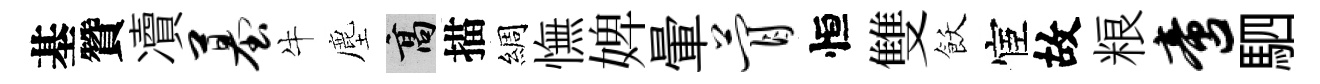
基贊凟墓牛塵高描綢憮婢暈瞢恒雙飫宦故粮啻駟